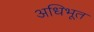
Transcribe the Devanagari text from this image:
अधिभूत